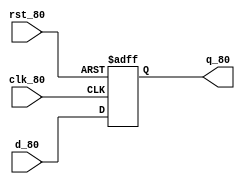
//*****************************************************************//
// Parameterizable D register with asynchronous clear input
// Created By - Vrishbhan Singh Sisodia
//	San Jose State University
//	EE 278
//*****************************************************************//
`timescale 1ns/100ps
module d_ff ( clk_80, rst_80, d_80, q_80 );
        parameter REG_SIZE = 4;
        input   clk_80, rst_80;
        input   [(REG_SIZE - 1) :0] d_80;
        output  [(REG_SIZE - 1) :0] q_80;

        wire    clk_80, rst_80;
        wire    [(REG_SIZE - 1) :0] d_80;
        reg     [(REG_SIZE - 1) :0] q_80;

        always @ ( posedge clk_80 or posedge rst_80 )
        begin
                if (rst_80)
                        q_80 <= 0;
                else
                        q_80 <= d_80;
        end
endmodule